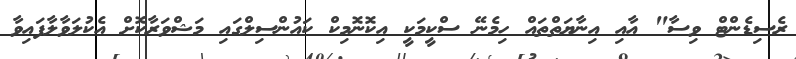
ރެސިޑެންޓް ވިސާ" އާއި އިނާޔަތްތައް ހިމެނޭ ސްކީމަކީ އިކޮނޮމިކް ކައުންސިލްގައި މަޝްވަރާކޮށް އެކުލަވާލާފައިވާ